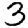
Digit: 3